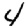
Digit: 4